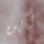
أين